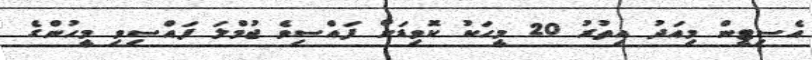
އެސިޓީން މިއަދު އިތުރު 20 މީހަކު ކޮވިޑަށް ފައްސިވެ ޖުމްލަ ފައްސިވި މީހުންގެ